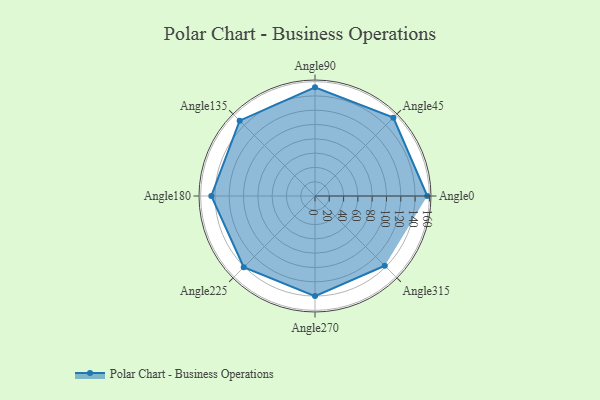
{"axis": {"x": "Angle", "y": "Radius"}, "legend": [""], "data": [{"x": "Angle0", "y": 157.0, "type": ""}, {"x": "Angle45", "y": 155.0, "type": ""}, {"x": "Angle90", "y": 152.0, "type": ""}, {"x": "Angle135", "y": 149.0, "type": ""}, {"x": "Angle180", "y": 145.0, "type": ""}, {"x": "Angle225", "y": 141.0, "type": ""}, {"x": "Angle270", "y": 140.0, "type": ""}, {"x": "Angle315", "y": 138.0, "type": ""}]}